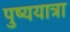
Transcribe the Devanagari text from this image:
पुष्ययात्रा